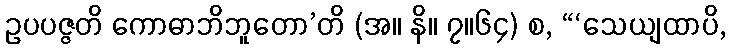
ဥပပဇ္ဇတိ ကောဓာဘိဘူတော’တိ (အ။ နိ။ ၇။၆၄) စ, “‘သေယျထာပိ,